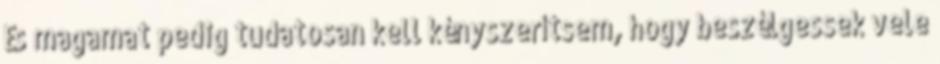
És magamat pedig tudatosan kell kényszerítsem, hogy beszélgessek vele